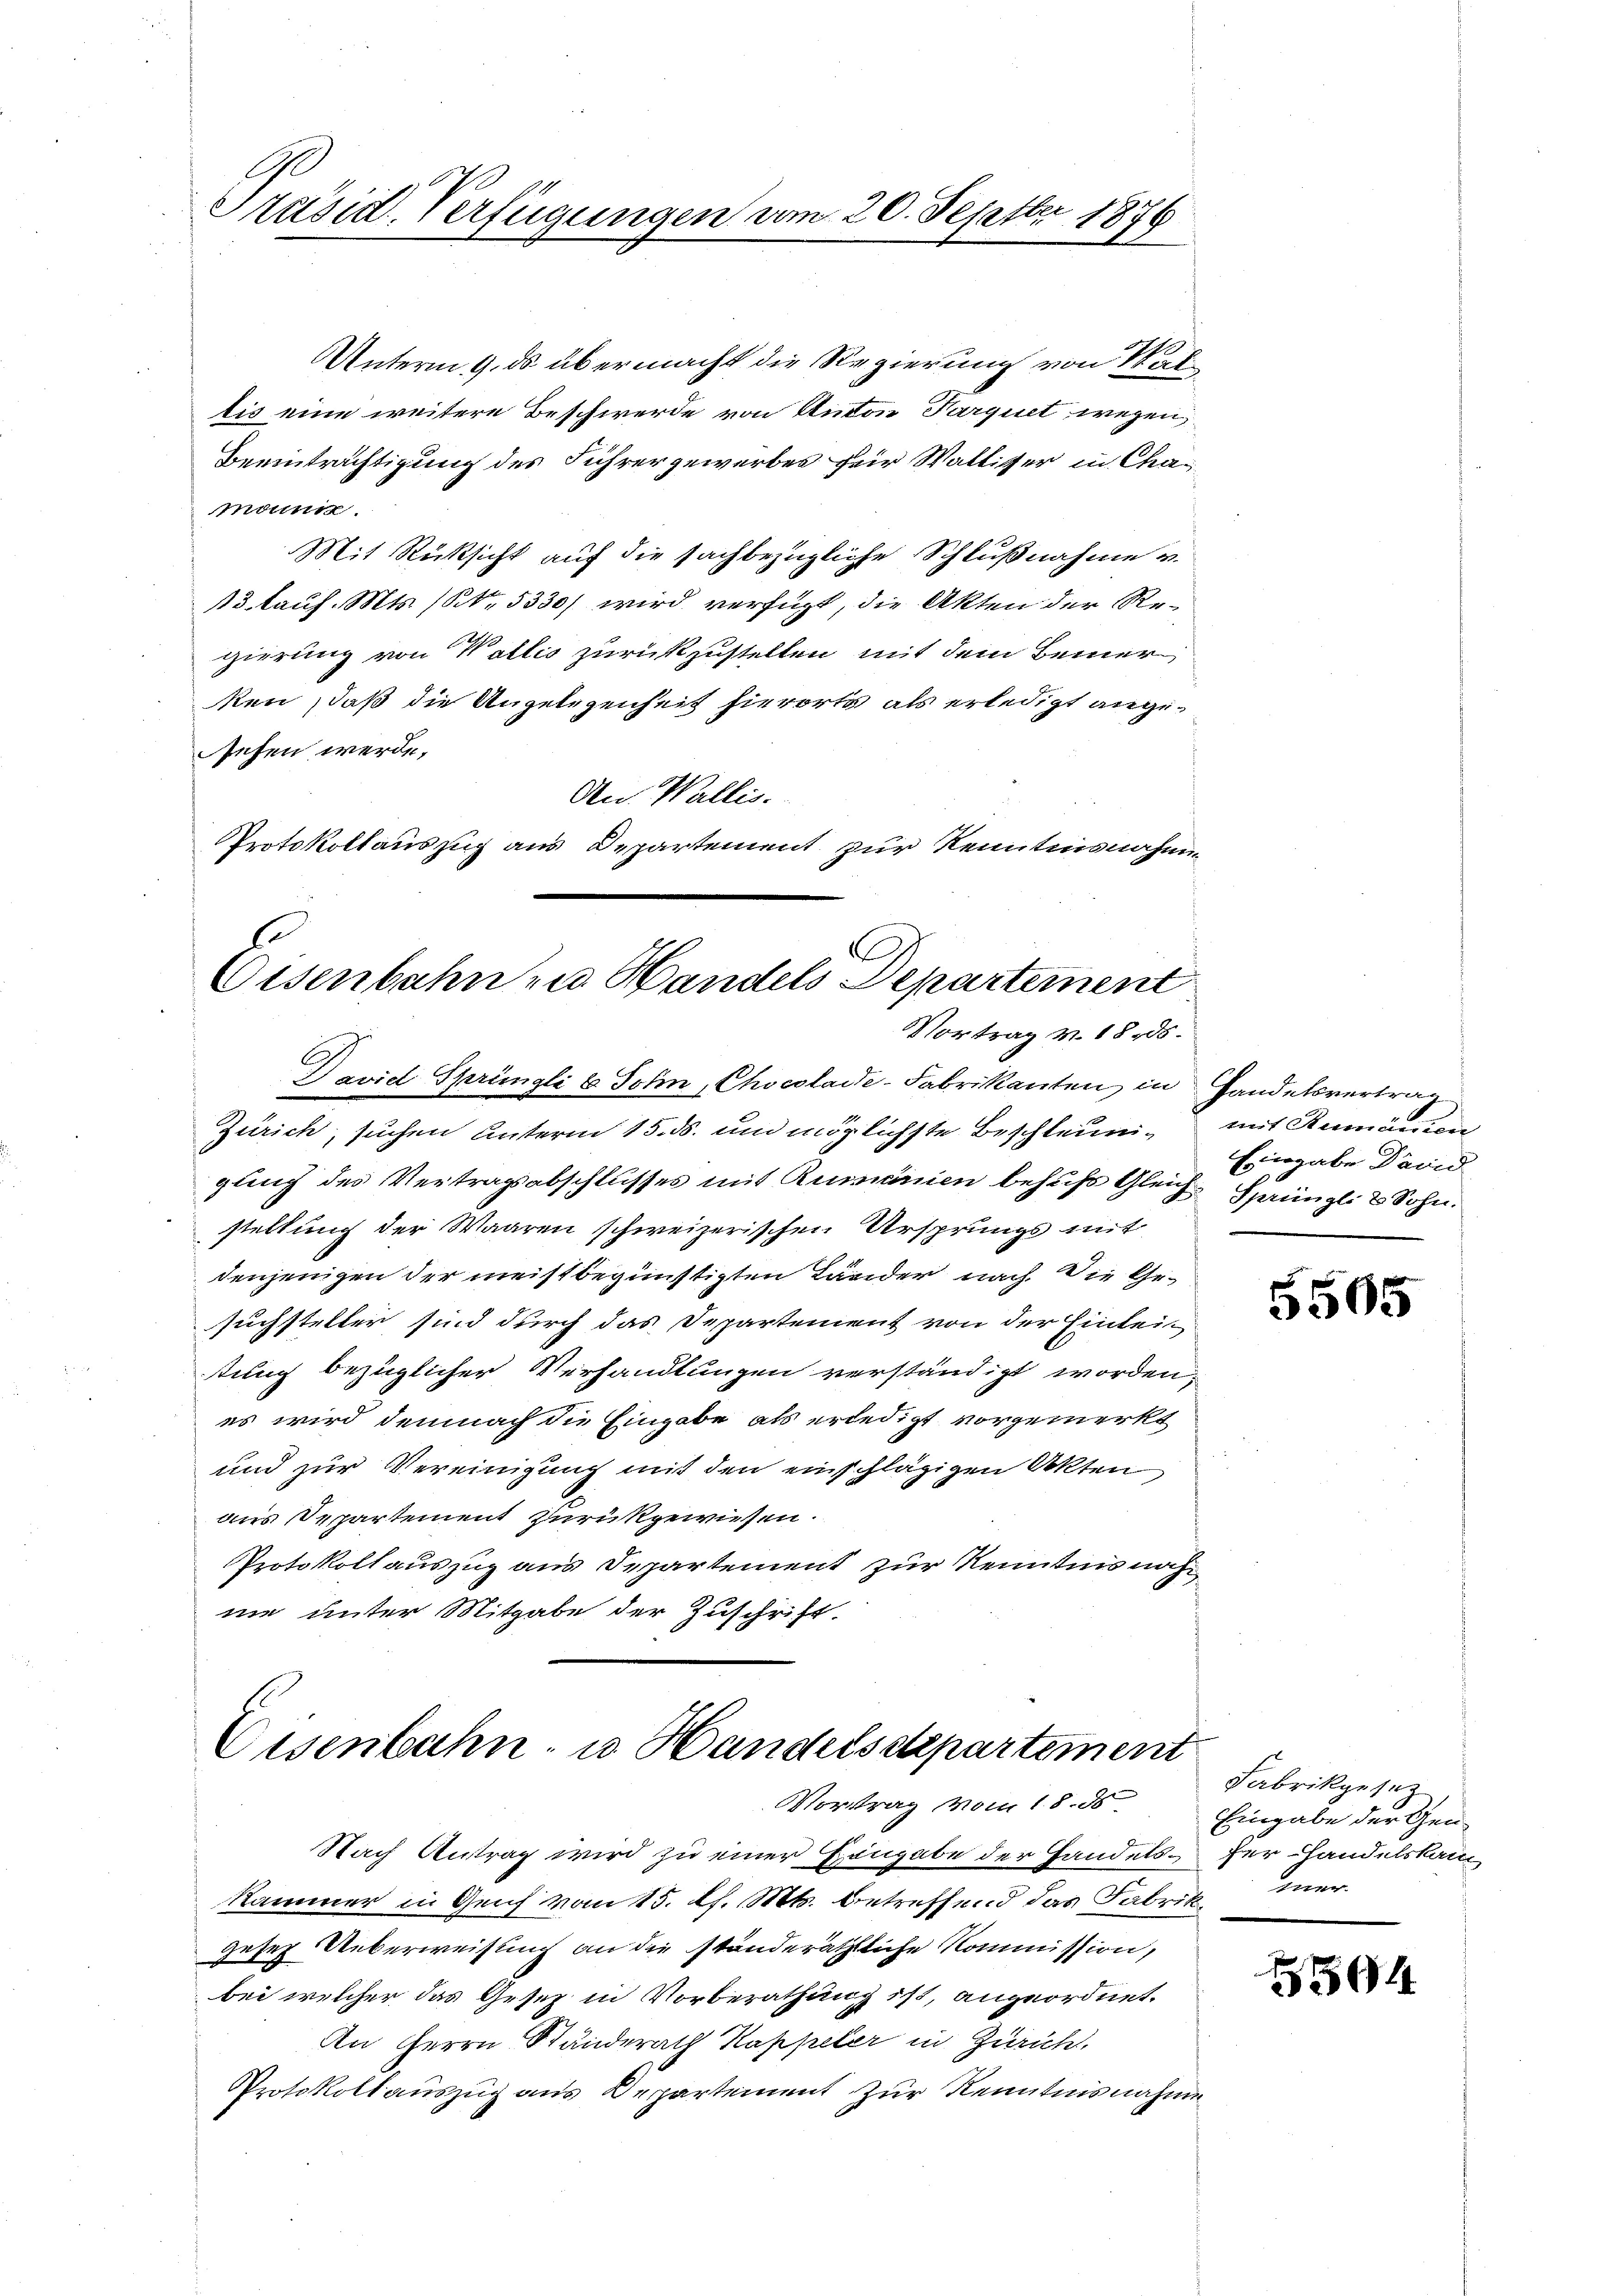
Präsid. Verfügungen am 20. Septbr 1876

tis eine weitere Beschwerde von Anton Parquet wegen,
moni.
Mit Rücksicht auf die sachbezügliche Schlußnahme v.
13. Laus. Mts. (S. 5330) wird verfügt, die Akten der Regierung von Wallis zurückzustellen mit dem Bemer
ken, daß die Angelegenheit hierorts als erledigt angesehen werde.
An Wallis.
Protokollauszug aus Departement zur Kenntnisnahm¬

.
Eisenbahn zu Handels Departement
Vortrag v. 18. ds.

Unterm 9. ds übermacht die Regierung von Wal¬
Beeinträchtigung des Führer gewerbes für Walliser in Cha¬

David Sprüngli & Sohn, Chocolaie-Fabrikanten in Handelsvertrag
Zürich, suchen Unterm 15. ds. und möglichste Beschleunig mit Rumänien
gung des Vertragsabschlusses mit Rumänien behufs Gleich Sprüngli & Sohn.
stellung der Waaren schweizerischen Ursprungs mit
denjenigen der meistbegünstigten Länder nach die Gesuchsteller sind durch das Departement von der Eintei-
ttung bezüglicher Verhandlungen verständigt worden,
es wird demnach die Eingabe als erledigt vorgemerkt
und zur Vereinigung mit den einschlägigen Akten
aus Separtement zurükgewiesen.
Protokoll auszug aus Departement zur Kenntnis nachnie unter Mitgabe der Zuschrift.

Eisenbahn- u. Handelsdepartement
Vortrag vom 18. d

Nach Antrag wird zu einer Hingabe der Handels-Der-Handelskam
Kammer in Genf vom 15. d. Mts. betreffend das Fabrik
gesez Ueberweisung an die ständeräthliche Kommission,
bei welcher das Gesetz in Vorberathung ist, angeordnet.
An Herrn Standerath Kappeler in Zürich.
Protokollauszug aus Departement zur Kenntnisnahme

Eingabe Drind

5505

Fabrikgesetz
Eingabe der Gen
mer

504